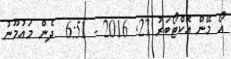
އޯ މޭން އޮކްޓޯބަރު 27